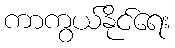
ကာကွယ်နိုင်ရေး